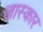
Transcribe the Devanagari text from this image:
जास्कार